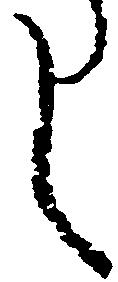
し